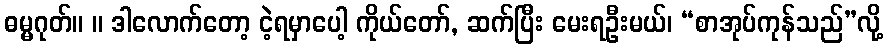
ဓမ္မဂုတ်။ ။ ဒါလောက်တော့ ငဲ့ရမှာပေါ့ ကိုယ်တော်, ဆက်ပြီး မေးရဦးမယ်၊ “စာအုပ်ကုန်သည်”လို့